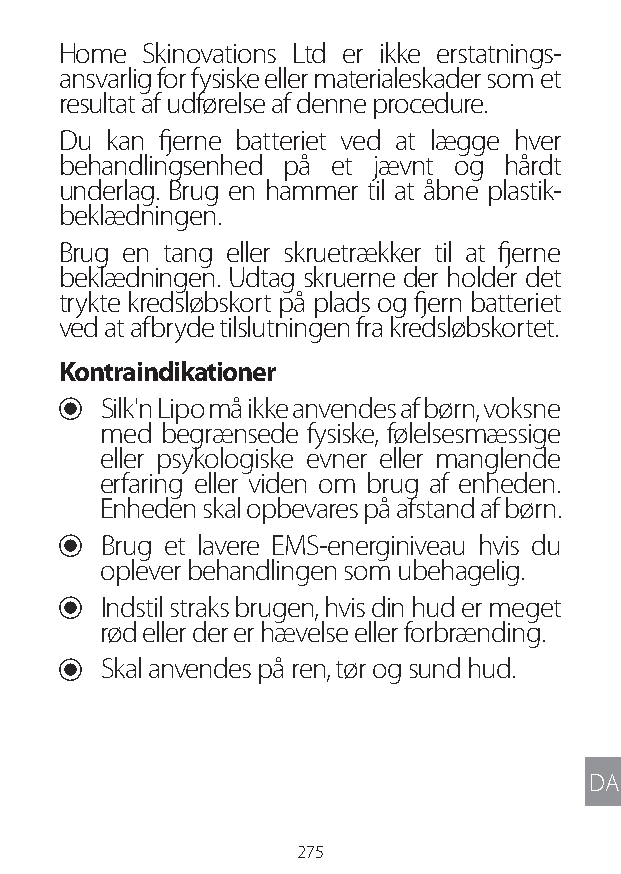
Home Skinovations Ltd er ikke erstatnings-
 ansvarlig for fysiske eller materialeskader som et
 resultat af udførelse af denne procedure.
 Du kan fjerne batteriet ved at lægge hver
 behandlingsenhed på et jævnt og hårdt
 underlag. Brug en hammer til at åbne plastik-
 beklædningen.
 Brug en tang eller skruetrækker til at fjerne
 beklædningen. Udtag skruerne der holder det
 trykte kredsløbskort på plads og fjern batteriet
 ved at afbryde tilslutningen fra kredsløbskortet.
 Kontraindikationer
 U Silk'n Lipo må ikke anvendes af børn, voksne
 med begrænsede fysiske, følelsesmæssige
 eller psykologiske evner eller manglende
 erfaring eller viden om brug af enheden.
 Enheden skal opbevares på afstand af børn.
 U Brug et lavere EMS-energiniveau hvis du
 oplever behandlingen som ubehagelig.
 U Indstil straks brugen, hvis din hud er meget
 rød eller der er hævelse eller forbrænding.
 U Skal anvendes på ren, tør og sund hud.
 DA
 275
 Lipo UM EU124 3545B inside ALL EU124 ED296-24 release.indd 275 14/08/2018 10:57:49